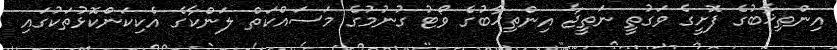
އިންތިޚާބުގެ ފޮށީގެ ވަގުތީ ނަތީޖާ އިންތިޚާބުގެ ވޯޓު ގުނުމުގެ މަސައްކަތް ލަންކާގެ އެކިކަންކޮޅުތަކުގައި